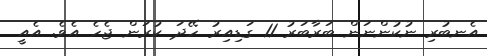
އެނބުރި ނުކުންނަން ބަރާބަރު 11 ގަޑިއިރު ހޭދަ ކުރަން ޖެހެ އެވެ. އެއީ